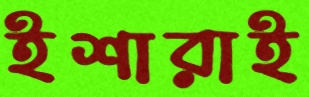
ইশারাই